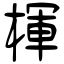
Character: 楎